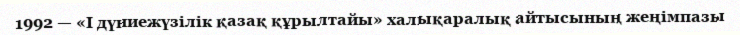
1992 — «І дүниежүзілік қазақ құрылтайы» халықаралық айтысының жеңімпазы